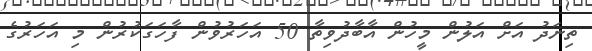
ތިނަދު އަށް އަލުން މީހުން އާބާދުވިތާ 50 އަހަރުވުން ފާހަގަކުރުން މި އަހަރުގެ